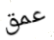
عمق